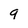
Character: 9